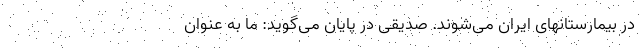
در بیمارستانهای ایران می‌شوند. صدیقی در پایان می‌گوید: ما به عنوان